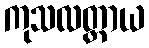
ကုသလတ္ထာယ